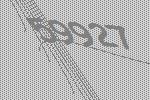
59927